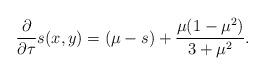
LaTeX: \begin{align*}{\partial \over \partial \tau}s(x,y)=(\mu-s) + {\mu(1-\mu^2)\over 3+\mu^2} .\end{align*}